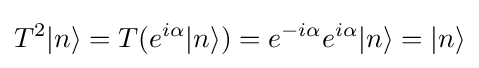
T^{2}|n\rangle =T(e^{i\alpha }|n\rangle )=e^{-i\alpha }e^{i\alpha }|n\rangle =|n\rangle